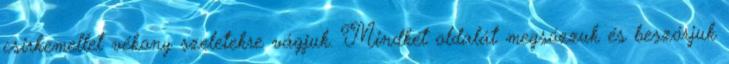
csirkemellet vékony szeletekre vágjuk. Mindkét oldalát megsózzuk és beszórjuk